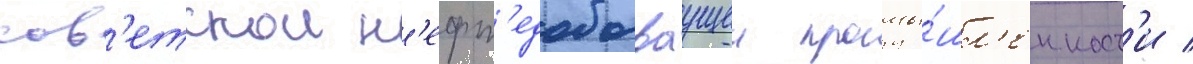
сов'етскои н'ефт'едобываущеи промы́шл'енност'и /